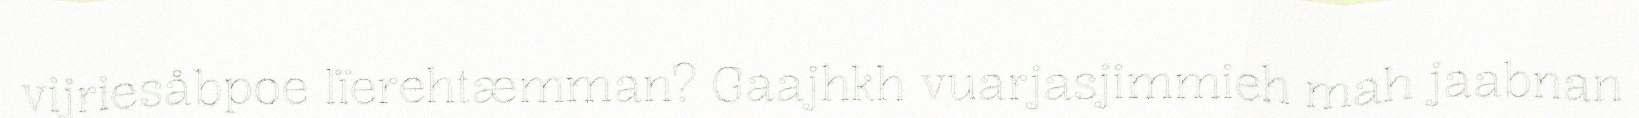
vijriesåbpoe lïerehtæmman? Gaajhkh vuarjasjimmieh mah jaabnan